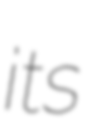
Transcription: its